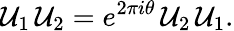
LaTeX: {\cal U}_{1}\, {\cal U}_{2}=e^{2\pi i\theta}\, {\cal U}_{2}\, {\cal U}_{1}.